Lunatic asylums in Bengal annual reports 1899-1911 - 1899-1911
Year: 1899
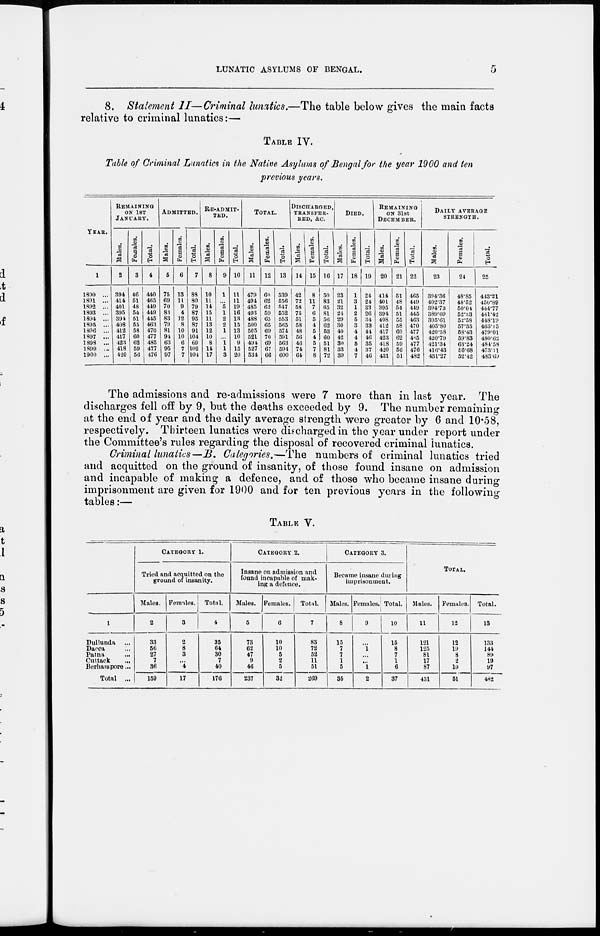
LUNATIC ASYLUMS OF BENGAL.
5
8. Statement II—Criminal lunatics.—The table below gives the main facts
relative to criminal lunatics:—
TABLE IV.
Table of Criminal Lunatics in the Native Asylums of Bengal for the year 1900 and ten
previous years.
YEAR.
1
1890 ...
1891 ...
1892 ...
1893 ...
1894 ...
1895 ...
1896 ...
1897 ...
1898 ...
1899 ...
1900 ...
REMAINING
ON 1ST
JANUARY.
Males.
2
394
414
401
395
394
408
412
417
423
418
420
Females.
3
46
51
48
54
51
55
58
60
62
59
56
Total.
4
440
465
449
449
445
463
470
477
485
477
476
ADMITTED.
Males.
5
75
69
70
83
83
79
81
94
63
95
97
Females.
6
13
11
9
4
12
8
10
10
6
7
7
Total.
7
88
80
79
87
95
87
91
104
69
102
104
RE-ADMIT-
---.
Males.
8
10
11
14
15
11
13
12
10
8
14
17
Females.
9
1
...
5
1
2
2
1
...
1
1
3
Total.
10
11
11
19
16
13
15
13
10
9
15
20
TOTAL.
Males.
11
479
494
485
493
488
500
505
521
494
527
534
Females.
12
60
62
62
59
65
65
69
70
69
67
66
Total.
13
539
556
547
552
553
565
574
591
563
594
600
DISCHARGED,
TRANSFER-
RED, &c.
Males.
14
42
72
58
75
51
58
48
56
46
74
64
Females.
15
8
11
7
6
5
4
5
4
5
7
8
Total.
16
50
83
65
81
56
62
53
60
51
81
72
DIED.
Males.
17
23
21
32
24
29
30
40
42
30
33
39
Females.
18
1
3
1
2
5
3
4
4
5
4
7
Total.
19
24
24
33
26
34
33
44
46
35
37
46
REMAINING
ON 31ST
DECEMBER.
Males.
20
414
401
395
394
408
412
417
423
418
420
431
Females.
21
51
48
54
51
55
58
60
62
59
56
51
Total.
22
465
449
449
445
463
470
477
485
477
476
482
DAILY
AVERAGE
STRENGTH.
Males.
23
394.36
402.37
394.73
389.09
395.61
405.80
420.58
420.79
421.34
416.43
431.27
Females.
24
48.85
48.52
50.04
52.33
52.58
57.35
58.43
59.83
63.24
56.68
52.42
Total.
25
443.21
450.89
444.77
441.42
448.19
463.15
479.01
480.62
484.58
473.11
483.69
The admissions and re-admissions were 7 more than in last year. The
discharges fell off by 9, but the deaths exceeded by 9. The number remaining
at the end of year and the daily average strength were greater by 6 and 10.58,
respectively. Thirteen lunatics were discharged in the year under report under
the Committee's rules regarding the disposal of recovered criminal lunatics.
Criminal lunatics—B. Categories.—The numbers of criminal lunatics tried
and acquitted on the ground of insanity, of those found insane on admission
and incapable of making a defence, and of those who became insane during
imprisonment are given for 1900 and for ten previous years in the following
tables:—
TABLE V.
1
Dullunda ...
Dacca ...
Patna ...
Cuttack ...
Berhampore...
Total ...
CATEGORY 1.
Tried and acquitted on the
ground of insanity.
Males.
2
33
56
27
7
36
159
Females.
3
2
8
3
...
4
17
Total.
4
35
64
30
7
40
176
CATEGORY 2.
Insane on admission and
found incapable of mak-
ing a defence.
Males.
5
73
62
47
9
46
237
Females.
6
10
10
5
2
5
32
Total.
7
83
72
52
11
51
269
CATEGORY 3.
Became insane during
imprisonment.
Males.
8
15
7
7
1
5
35
Females.
9
...
1
...
...
1
2
Total.
10
15
8
7
1
6
37
TOTAL.
Males.
11
121
125
81
17
87
431
Females.
12
12
19
8
2
10
51
Total.
13
133
144
89
19
97
482